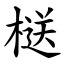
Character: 㮸